Annual administration report of the Civil Veterinary Department of India - 1900-1901
Year: 1900
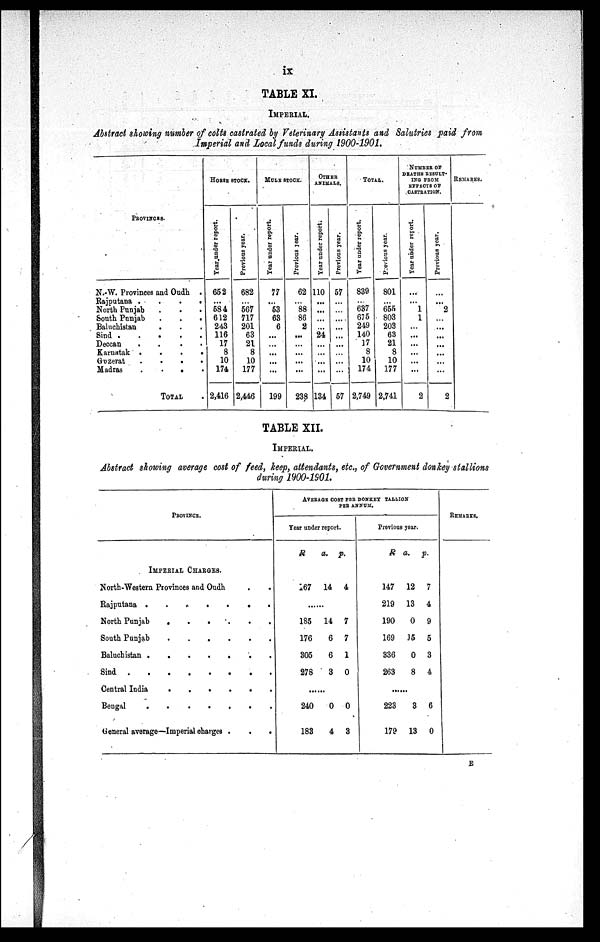
ix
TABLE XI.
IMPERIAL.
Abstract showing number of colts castrated by Veterinary Assistants and Salutries paid from
Imperial and Local funds during 1900-1901.
PROVINCES.
N.-W. Provinces and Oudh .
Rajputana .
.
.
.
North Punjab . . .
South Punjab
.
.
.
Baluchistan . . .
Sind . . . . . .
Deccan
. . . . .
Karnatak
.
.
.
.
Guzerat . . . .
Madras
.
.
.
.
TOTAL .
HORSE
STOCK.
Year under report.
652
...
584
612
243
116
17
8
10
174
2,416
Previous year.
682
...
567
717
201
63
21
8
10
177
2,446
MULE STOCK.
Year under report.
77
...
53
63
6
...
...
...
...
...
199
Previous year.
62
...
88
86
2
...
...
...
...
...
238
OTHER
ANIMALS.
Year under report.
110
...
...
.....
...
24
...
...
...
...
134
Previous year.
57
...
...
...
...
...
...
...
...
...
57
TOTAL.
Year under report.
839
...
637
675
249
140
17
8
10
174
2,749
Previous year.
801
...
655
803
203
63
21
8
10
177
2,741
NUMBER OF
DEATHS RESULT-
ING FROM
EFFECTS OF
CASTRATION.
Year under reprort.
...
...
1
1
...
...
...
...
...
...
2
Previous year.
...
...
2
...
...
...
...
...
...
...
2
REMARKS.
TABLE XII.
IMPERIAL.
Abstract showing average cost of feed, keep, attendants, etc., of Government donkey stallions
during 1900-1901.
PROVINCE.
IMPERIAL CHARGES.
North-Western Provinces and Oudh . .
Rajputana .
.
.
.
.
North Punjab
.
.
.
.
.
.
South Punjab
.
.
.
Baluchistan
.
.
.
Sind
.
.
.
.
.
.
Central India
.
.
.
.
Bengal
.
.
.
.
.
.
General average—Imperial charges .
.
.
AVERAGE COST PER DONKEY TALLION
PER ANNUM.
Year under report.
R
167
a.
14
p.
4
.....
185
176
305
278
14
6
6
3
7
7
1
0
.....
240
183
0
4
0
3
Previous year.
R
147
219
190
169
336
263
a.
12
13
0
15
0
8
p.
7
4
9
5
3
4
.....
223
179
3
13
6
0
REMARKS.
E